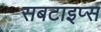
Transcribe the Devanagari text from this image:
सबटाइप्स